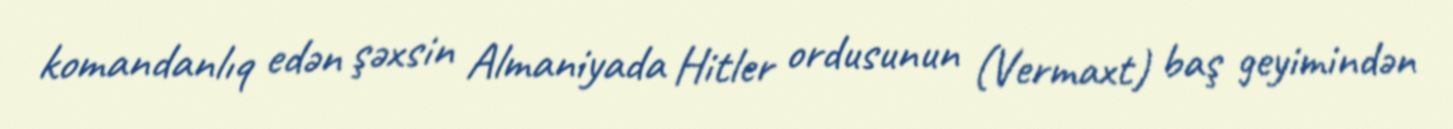
komandanlıq edən şəxsin Almaniyada Hitler ordusunun (Vermaxt) baş geyimindən